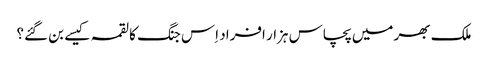
ملک بھر میں پچاس ہزار افراد اِس جنگ کا لقمہ کیسے بن گئے؟